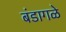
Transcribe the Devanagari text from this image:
बंडागळे